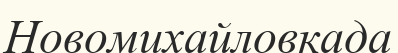
Новомихайловкада